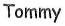
Tommy